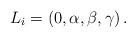
LaTeX: \begin{align*} {L}_i=\left( 0, \alpha, \beta, \gamma \right).\end{align*}